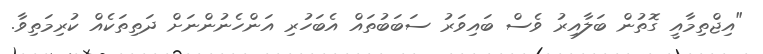
"އިޖްތިމާއީ ގޮތުން ބަލާއިރު ވެސް ބައިވަރު ސަބަބުތައް އެބަހުރި އަންހެނުންނަށް ދަތިތަކެއް ކުރިމަތިވާ.